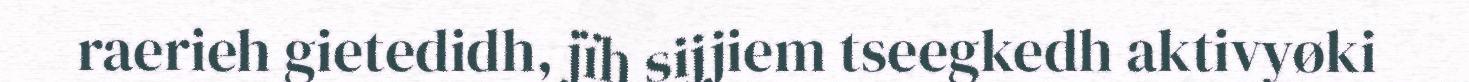
raerieh gietedidh, jïh sijjiem tseegkedh aktivyøki